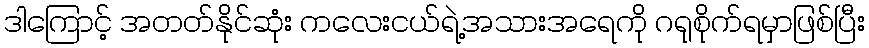
ဒါကြောင့် အတတ်နိုင်ဆုံး ကလေးငယ်ရဲ့အသားအရေကို ဂရုစိုက်ရမှာဖြစ်ပြီး